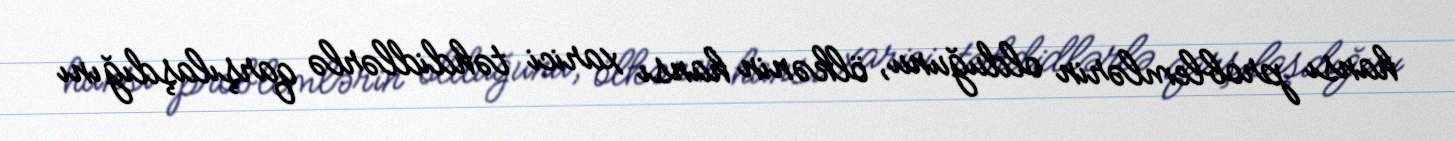
hansı problemlərin olduğunu, ölkənin hansı xarici təhdidlərlə qarşılaşdığını